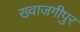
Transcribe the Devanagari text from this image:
ख्वाजगीपुर